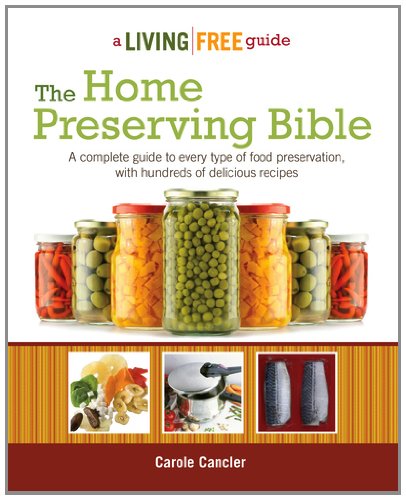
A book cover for The Home Preserving Bible (Living Free Guides); Carole Cancler; Cookbooks, Food & Wine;